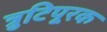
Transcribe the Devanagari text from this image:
त्रुटिपूरक